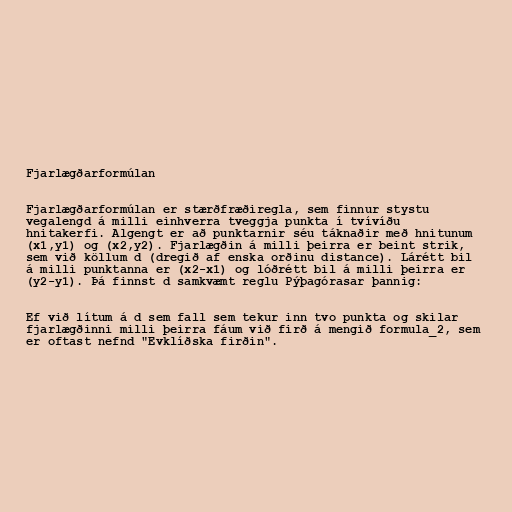
Fjarlægðarformúlan

Fjarlægðarformúlan er stærðfræðiregla, sem finnur stystu
vegalengd á milli einhverra tveggja punkta í tvívíðu
hnitakerfi. Algengt er að punktarnir séu táknaðir með hnitunum
(x1,y1) og (x2,y2). Fjarlægðin á milli þeirra er beint strik,
sem við köllum d (dregið af enska orðinu distance). Lárétt bil
á milli punktanna er (x2-x1) og lóðrétt bil á milli þeirra er
(y2-y1). Þá finnst d samkvæmt reglu Pýþagórasar þannig:

Ef við lítum á d sem fall sem tekur inn tvo punkta og skilar
fjarlægðinni milli þeirra fáum við firð á mengið formula_2, sem
er oftast nefnd "Evklíðska firðin".